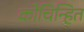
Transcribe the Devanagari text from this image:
कोचिन्हित